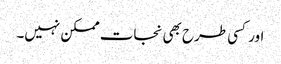
اور کسی طرح بھی نجات ممکن نہیں۔